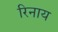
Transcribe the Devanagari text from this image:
रिनाय